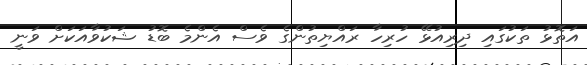
އަތޮޅު ތަކުގައި ދިރިއުޅޭ ހުރިހާ ރައްޔިތުންގެ ވެސް އެންމެ ބޮޑު ޝަކުވާއަކަށް ވަނީ